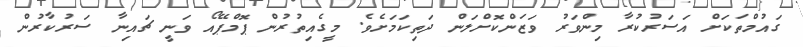
ގައުމްތަކަށް އަސަރުކުރާ މިންވަރު ވަޒަންކޮށްލަން ދަތިކަމަށެވެ. މީގެއިތުރުން ޕޮމްޕޭއޯ ވަނީ ޗައިނާ ސަރުކާރުން